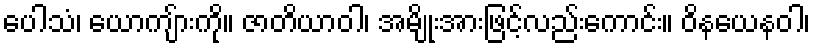
ပေါသံ၊ ယောကျ်ားကို။ ဇာတိယာဝါ၊ အမျိုးအားဖြင့်လည်းကောင်း။ ဝိနယေနဝါ၊